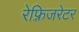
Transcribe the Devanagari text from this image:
रेफ़्रिजरेटर